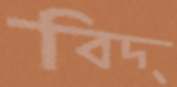
বিদ্